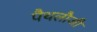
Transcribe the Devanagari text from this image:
पैथलौजी